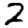
Digit: 2